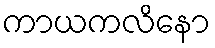
ကာယကလိနော